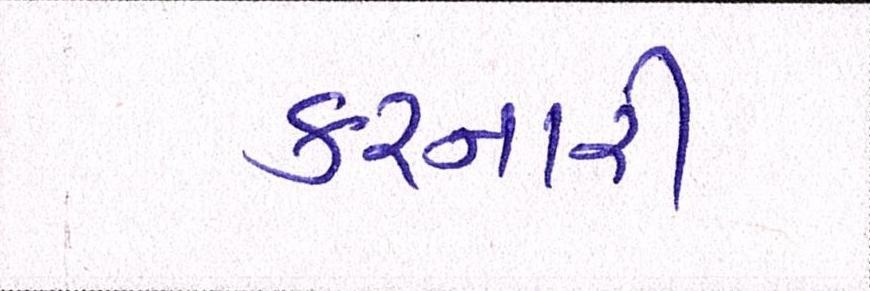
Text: કરનારી